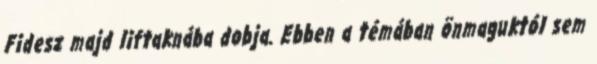
Fidesz majd liftaknába dobja. Ebben a témában önmaguktól sem